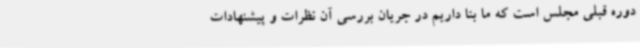
دوره قبلی مجلس است که ما بنا داریم در جریان بررسی آن نظرات و پیشنهادات